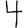
Digit: 4